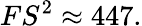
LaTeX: FS^{2}\approx 447.